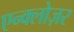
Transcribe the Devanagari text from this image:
एन्क्लोज़र